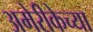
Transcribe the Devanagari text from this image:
अमेरीकेच्या